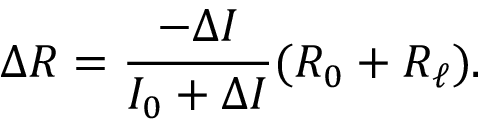
\Delta R = \frac { - \Delta I } { I _ { 0 } + \Delta I } ( R _ { 0 } + R _ { \ell } ) .